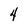
Character: 4